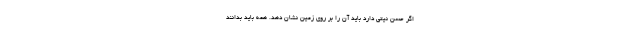
اگر حسن نیتی دارد باید آن را بر روی زمین نشان دهد. همه باید بدانند